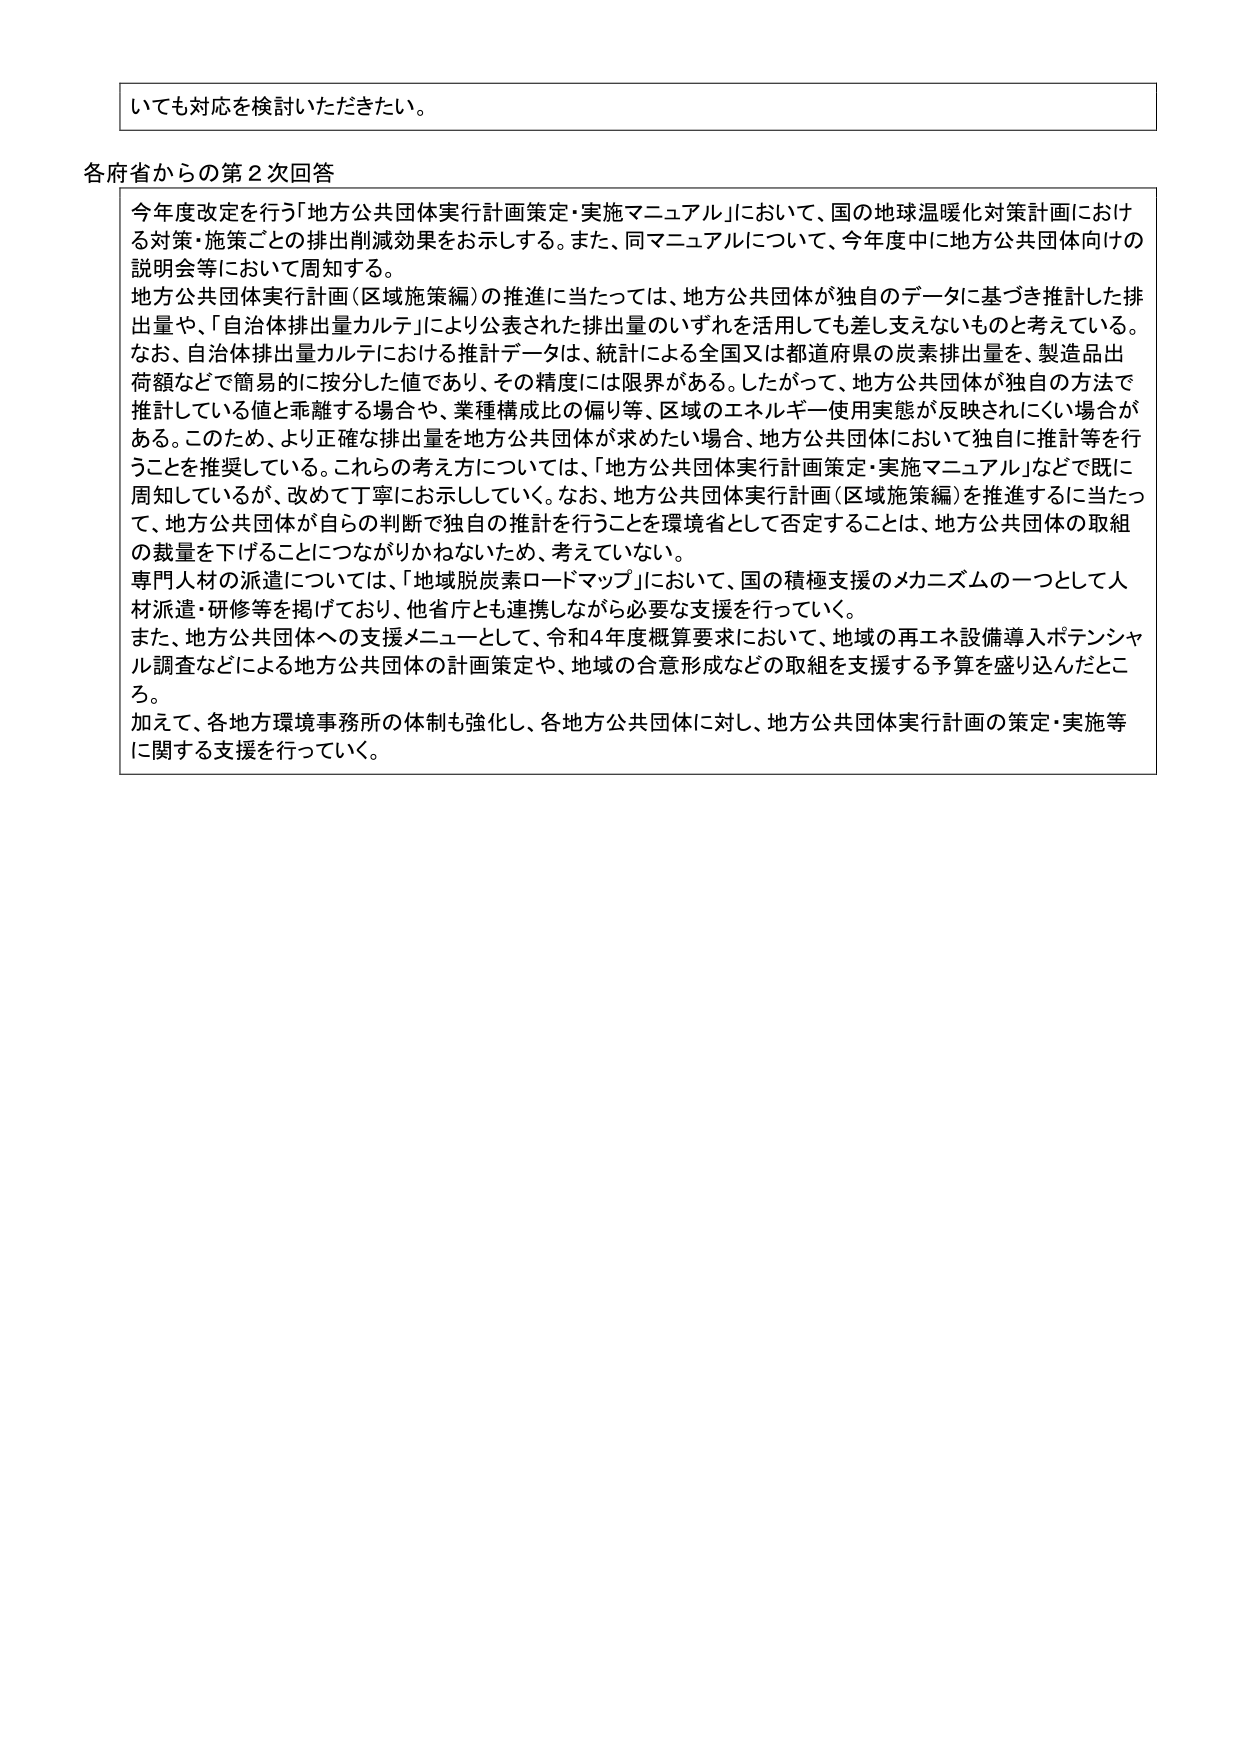
いても対応を検討いただきたい。

各府省からの第2次回答

今年度改定を行う「地方公共団体実行計画策定・実施マニュアル」において、国の地球温暖化対策計画における対策・施策ごとの排出削減効果をお示しする。また、同マニュアルについて、今年度中に地方公共団体向けの説明会等において周知する。

地方公共団体実行計画（区域施策編）の推進に当たっては、地方公共団体が独自のデータに基づき推計した排出量や、「自治体排出量カルテ」により公表された排出量のいずれを活用しても差し支えないものと考えている。なお、自治体排出量カルテにおける推計データは、統計による全国又は都道府県の炭素排出量を、製造品出荷額などで簡易的に按分した値であり、その精度には限界がある。したがって、地方公共団体が独自の方法で推計している値と乖離する場合や、業種構成比の偏り等、区域のエネルギー使用実態が反映されにくい場合がある。このため、より正確な排出量を地方公共団体が求めたい場合、地方公共団体において独自に推計等を行うことを推奨している。これらの考え方については、「地方公共団体実行計画策定・実施マニュアル」などで既に周知しているが、改めて丁寧にお示ししていく。なお、地方公共団体実行計画（区域施策編）を推進するに当たって、地方公共団体が自らの判断で独自の推計を行うことを環境省として否定することは、地方公共団体の取組の裁量を下げることにつながりかねないため、考えていない。

専門人材の派遣については、「地域脱炭素ロードマップ」において、国の積極支援のメカニズムの一つとして人材派遣・研修等を掲げており、他省庁とも連携しながら必要な支援を行っていく。

また、地方公共団体への支援メニューとして、令和4年度概算要求において、地域の再エネ設備導入ポテンシャル調査などによる地方公共団体の計画策定や、地域の合意形成などの取組を支援する予算を盛り込んだところ。

加えて、各地方環境事務所の体制も強化し、各地方公共団体に対し、地方公共団体実行計画の策定・実施等に関する支援を行っていく。